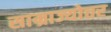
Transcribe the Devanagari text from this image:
साम्राज्योत्तर